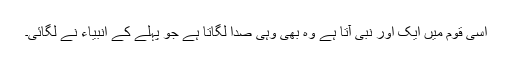
اسی قوم میں ایک اور نبی آتا ہے وہ بھی وہی صدا لگاتا ہے جو پہلے کے انبیاء نے لگائی۔